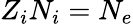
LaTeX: Z_{i}N_{i}=N_{e}